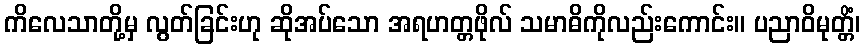
ကိလေသာတို့မှ လွတ်ခြင်းဟု ဆိုအပ်သော အရဟတ္တဖိုလ် သမာဓိကိုလည်းကောင်း။ ပညာဝိမုတ္တိံ၊